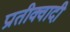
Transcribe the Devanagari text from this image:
प्रातीक्वादी